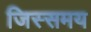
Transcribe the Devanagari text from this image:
जिस्समय